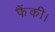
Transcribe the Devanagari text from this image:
फैंकी।